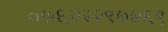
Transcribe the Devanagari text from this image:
०७६२२२९७७६९